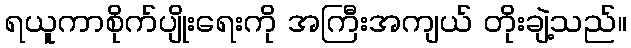
ရယူကာစိုက်ပျိုးရေးကို အကြီးအကျယ် တိုးချဲ့သည်။